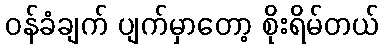
ဝန်ခံချက် ပျက်မှာတော့ စိုးရိမ်တယ်